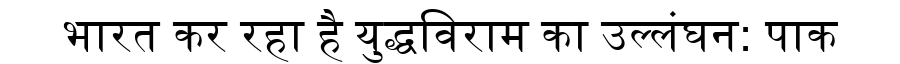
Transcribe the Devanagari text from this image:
भारत कर रहा है युद्धविराम का उल्लंघन: पाक